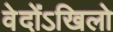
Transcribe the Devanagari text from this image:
वेदोंऽखिलो